Civil Veterinary Department Bihar & Orissa reports 1911-21 - 1911-1921
Year: 1911
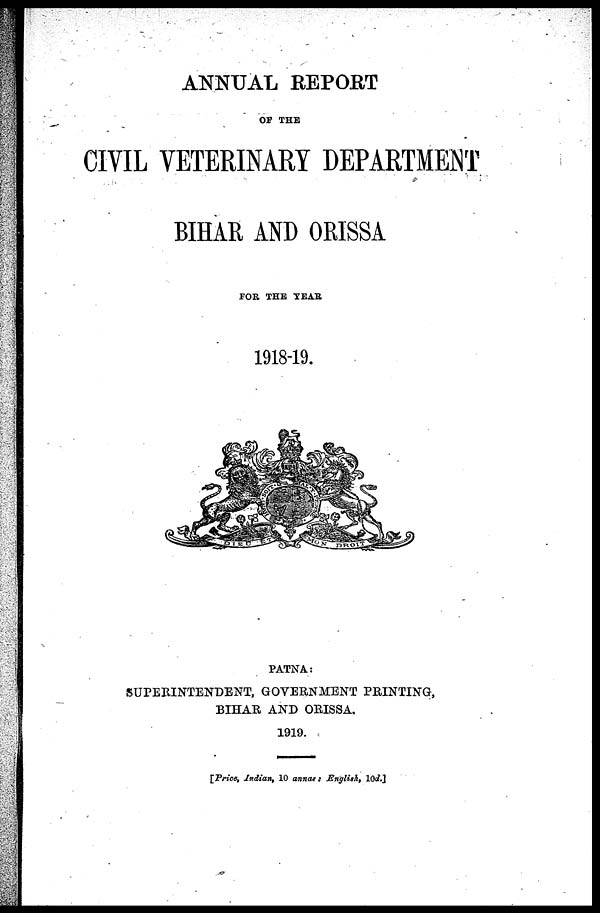
ANNUAL REPORT
OF THE
CIVIL VETERINARY DEPARTMENT
BIHAR AND ORISSA
FOR THE YEAR
1918-19.
PATNA:
SUPERINTENDENT, GOVERNMENT PRINTING,
BIHAR AND ORISSA.
1919.
[Price, Indian, 10 annas: English, 10d.]